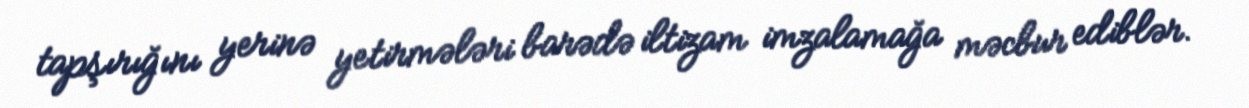
tapşırığını yerinə yetirmələri barədə iltizam imzalamağa məcbur ediblər.